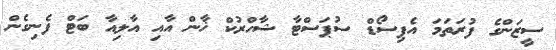
ސީޒަންގެ ފުރަތަމަ އެޕިސޯޑް ސުޕަސްޓާ ޝާހްރުކް ޚާން އާއި އާލިއާ ބަޓް ފެނިގެން